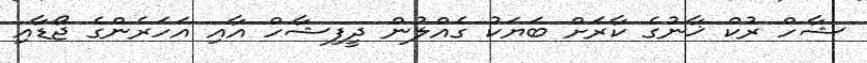
ޝާހް ރުކް ޚާނުގެ ކާރަށް ބަޔަކުު ގެއްލުން ދީފިޝާހް އާއި އަހަރެންގެ ޖޯޑާއި